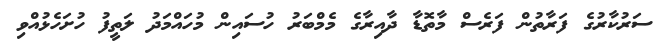
ސަރުކާރުގެ ފަރާތުން ފަރެސް މާތޮޑާ ދާއިރާގެ މެމްބަރު ހުސައިން މުހައްމަދު ލަތީފު ހުށަހެޅުއްވި